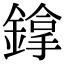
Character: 鎿